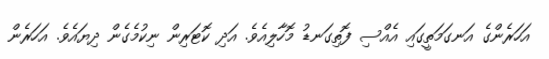
އަހަރެންގެ އަނގަމަތީގައި އެއްސި ފޮތިގަނޑު މޮހާލިއެވެ. އަދި ކޮޓަރިން ނިކުމެގެން ދިޔައެވެ. އަހަރެން